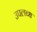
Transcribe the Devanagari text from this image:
उपल्‍ाब्‍ध